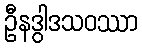
ဦနဒွါဒသဝဿာ